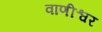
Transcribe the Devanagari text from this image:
वाणीश्वर